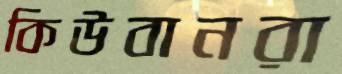
কিউবানরা